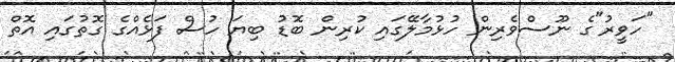
"ހަވީރު"ގެ ނޫސްވެރިން ހުޅުމާލޭގައި ކުރިން ބޮޑު ބިޔަ ހުސް ފަޅެއްގެ ގޮތުގައި އޮތް